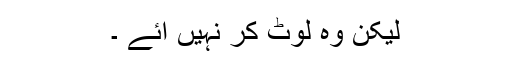
لیکن وہ لوٹ کر نہیں آئے ۔